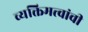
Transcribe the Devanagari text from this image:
व्यक्तिमत्त्वांची